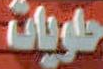
حلويات